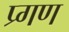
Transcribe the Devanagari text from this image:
प्र्गण